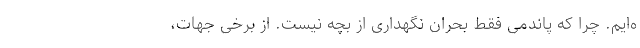
ه‌ایم. چرا که پاندمی فقط بحران نگهداری از بچه نیست. از برخی جهات،